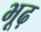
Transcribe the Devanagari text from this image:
भूढ़